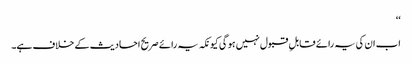
‘‘
اب ان کی یہ رائے قابلِ قبول نہیں ہو گی کیونکہ یہ رائے صریح احادیث کے خلاف ہے۔